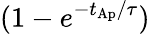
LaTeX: (1-e^{-{t_{\mathrm{Ap}}}/{\tau}})